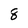
Character: 8